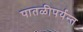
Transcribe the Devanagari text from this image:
पातळीपर्यन्त